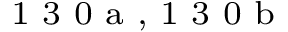
^ \textrm { \scriptsize 1 3 0 a , 1 3 0 b }